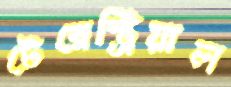
টেরেস্ট্রিয়াল